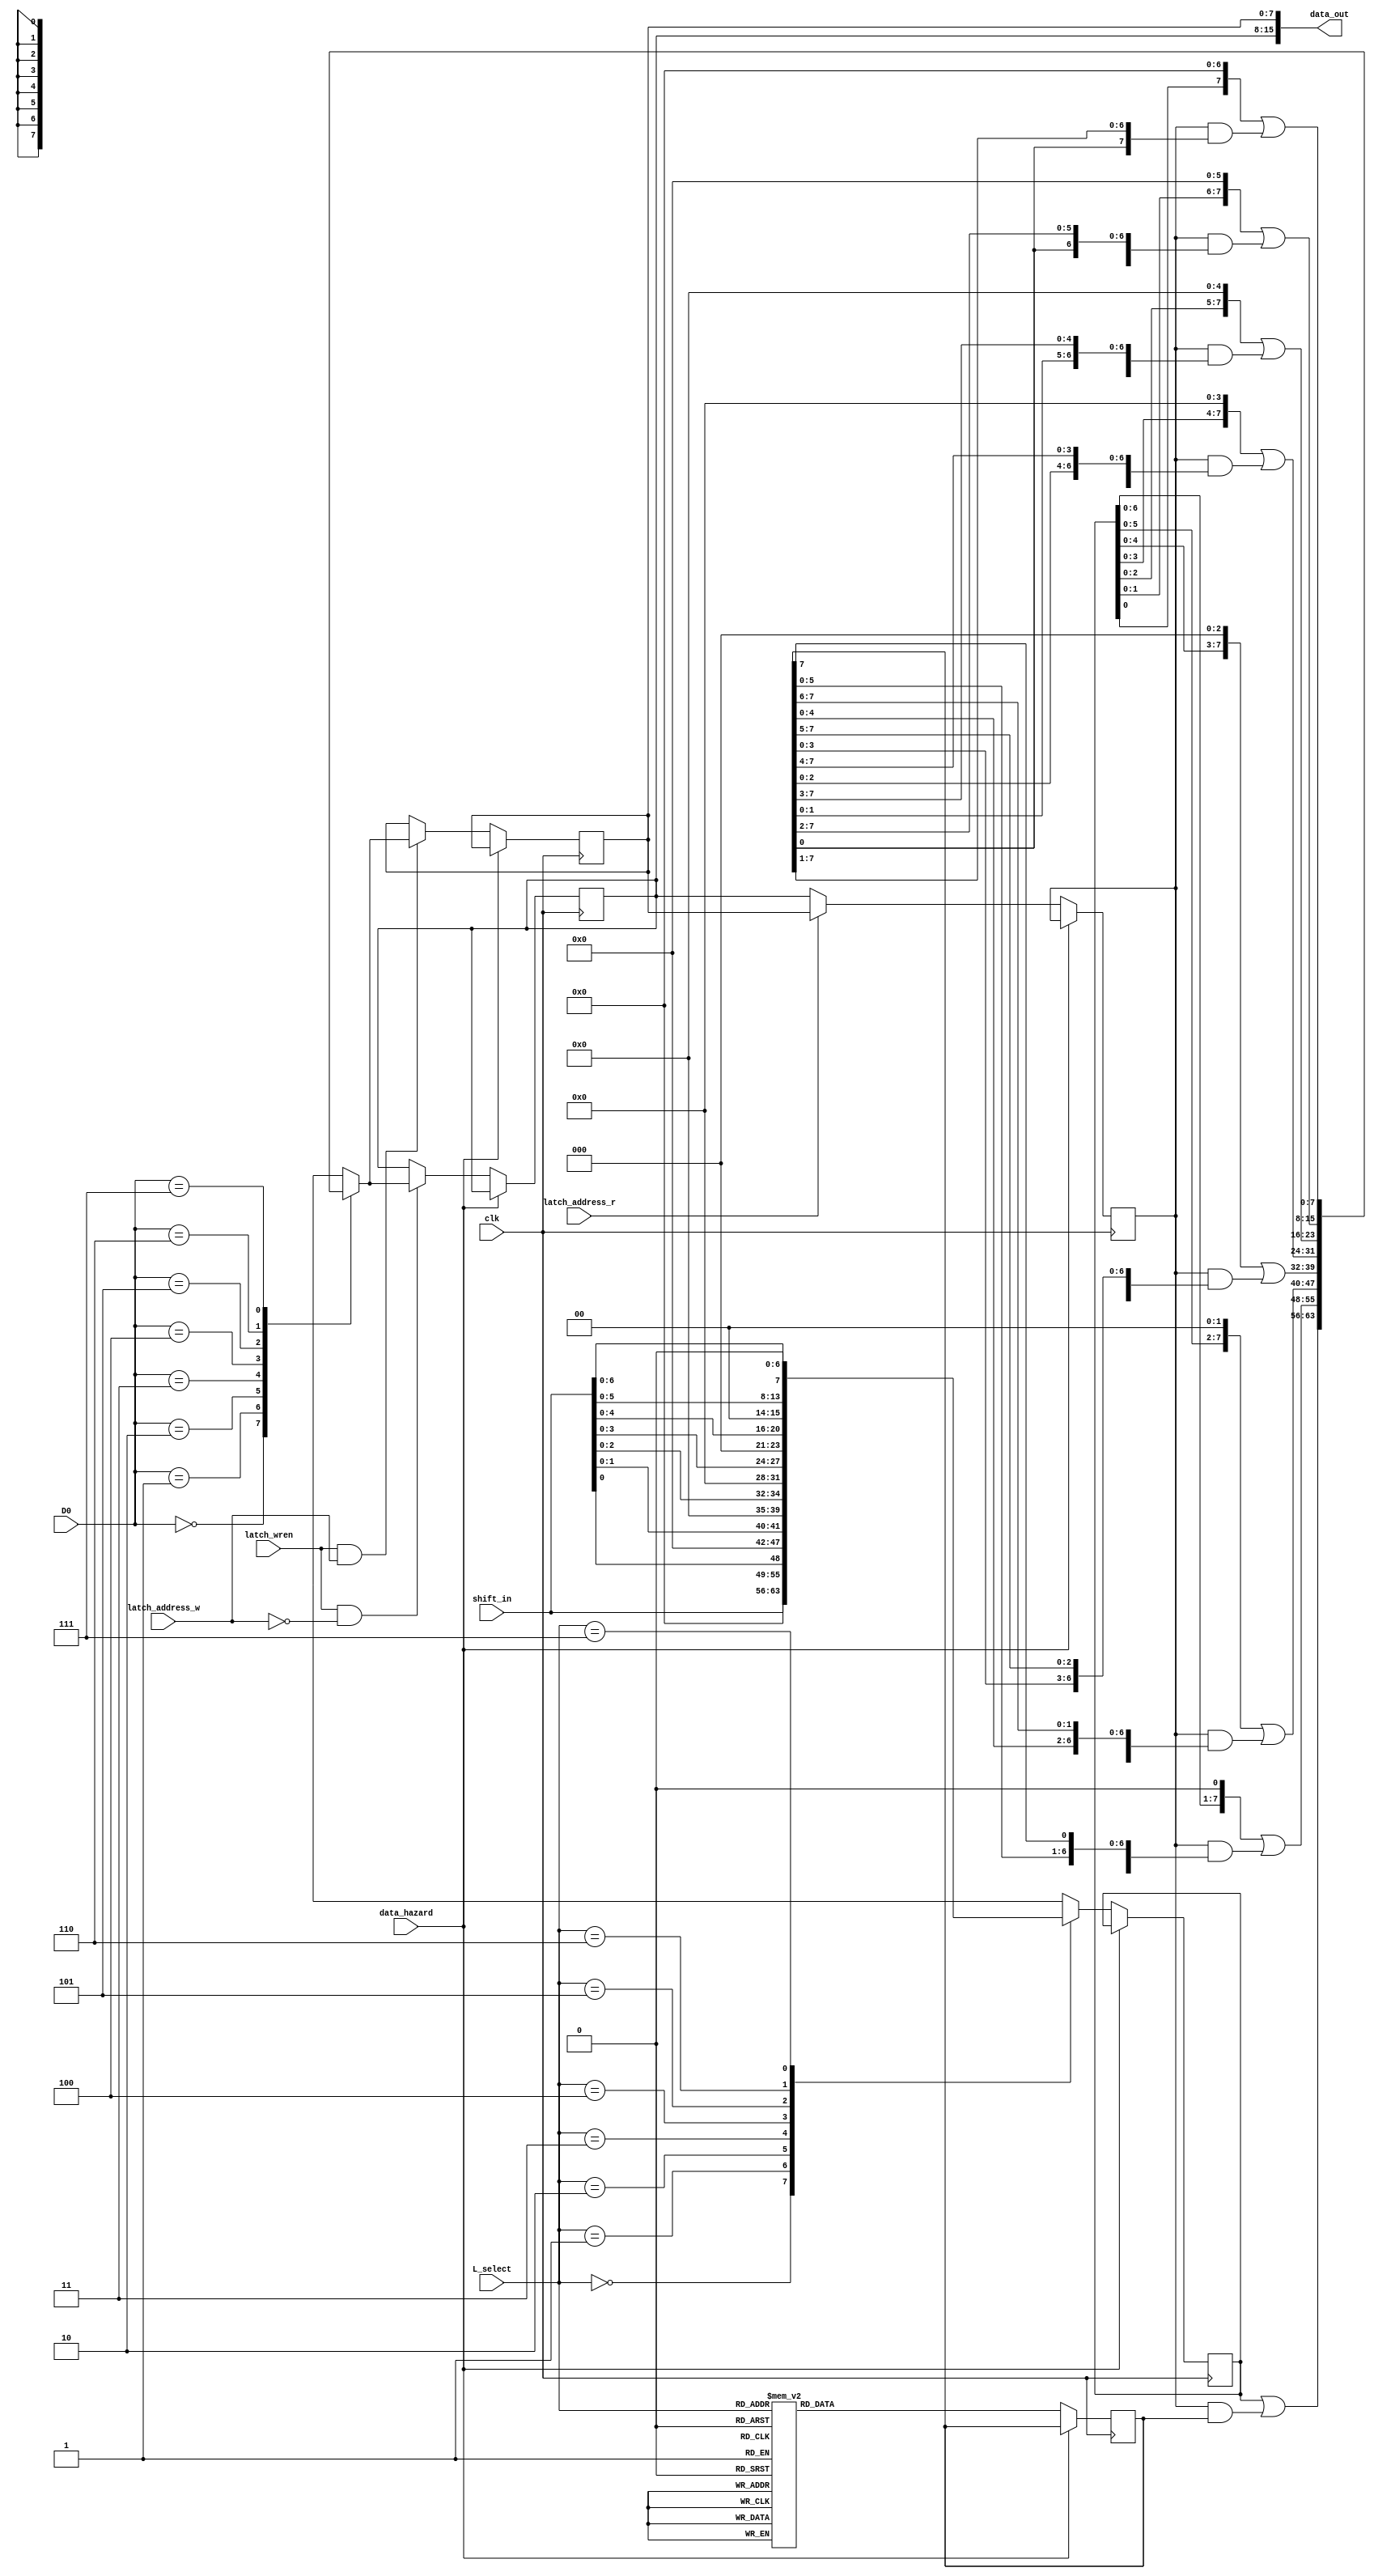
module shift_merge(
			input wire clk,
			input wire data_hazard,
			input wire[7:0] shift_in,
			input wire[2:0] D0,
			input wire[2:0] L_select,
			input wire latch_wren,
			input wire latch_address_w,
			input wire latch_address_r,
			output wire[15:0] data_out);
reg[7:0] merge_in;
reg[7:0] shift_reg;
reg[7:0] merge_result;
reg[7:0] merge_mask;
reg[7:0] LBD_reg;
reg[7:0] RBD_reg;

always @(posedge clk)
begin
	if(~data_hazard)
	begin
		case(L_select)
		3'b000: shift_reg <= shift_in;
		3'b001: shift_reg <= {7'h0, shift_in[0]};
		3'b010: shift_reg <= {6'h0, shift_in[1:0]};
		3'b011: shift_reg <= {5'h0, shift_in[2:0]};
		3'b100: shift_reg <= {4'h0, shift_in[3:0]};
		3'b101: shift_reg <= {3'h0, shift_in[4:0]};
		3'b110: shift_reg <= {2'b0, shift_in[5:0]};
		3'b111: shift_reg <= {1'b0, shift_in[6:0]};
		endcase
		case(L_select)
		3'b000: merge_mask <= 8'h0;
		3'b001: merge_mask <= {7'b1111111, 1'b0};
		3'b010: merge_mask <= {6'b111111, 2'b00};
		3'b011: merge_mask <= {5'b11111, 3'b000};
		3'b100: merge_mask <= {4'b1111, 4'b0000};
		3'b101: merge_mask <= {3'b111, 5'b00000};
		3'b110: merge_mask <= {2'b11, 6'b000000};
		3'b111: merge_mask <= {1'b1, 7'b0000000};
		endcase
	end
end

always @(*)
begin
//	case(D0)
//	3'b000: merge_result = {shift_reg[0], 7'h00} | (merge_in & {merge_mask[0], merge_mask[7:1]});
//	3'b001: merge_result = {shift_reg[1:0], 6'h00} | (merge_in & {merge_mask[1:0], merge_mask[7:2]});
//	3'b010: merge_result = {shift_reg[2:0], 5'h00} | (merge_in & {merge_mask[2:0], merge_mask[7:3]});
//	3'b011: merge_result = {shift_reg[3:0], 4'h0} | (merge_in & {merge_mask[3:0], merge_mask[7:4]});
//	3'b100: merge_result = {shift_reg[4:0], 3'h0} | (merge_in & {merge_mask[4:0], merge_mask[7:5]});
//	3'b101: merge_result = {shift_reg[5:0], 2'b00} | (merge_in & {merge_mask[5:0], merge_mask[7:6]});
//	3'b110: merge_result = {shift_reg[6:0], 1'b0} | (merge_in & {merge_mask[6:0], merge_mask[7]});
//	3'b111: merge_result = shift_reg | (merge_in & merge_mask);
//	endcase
	
	case(D0)
	3'b000: merge_result = shift_reg | (merge_in & merge_mask);
	3'b001: merge_result = {shift_reg[6:0], 1'b0} | (merge_in & {merge_mask[6:0], merge_mask[7]});
	3'b010: merge_result = {shift_reg[5:0], 2'b00} | (merge_in & {merge_mask[5:0], merge_mask[7:6]});
	3'b011: merge_result = {shift_reg[4:0], 3'h0} | (merge_in & {merge_mask[4:0], merge_mask[7:5]});
	3'b100: merge_result = {shift_reg[3:0], 4'h0} | (merge_in & {merge_mask[3:0], merge_mask[7:4]});
	3'b101: merge_result = {shift_reg[2:0], 5'h00} | (merge_in & {merge_mask[2:0], merge_mask[7:3]});
	3'b110: merge_result = {shift_reg[1:0], 6'h00} | (merge_in & {merge_mask[1:0], merge_mask[7:2]});
	3'b111: merge_result = {shift_reg[0], 7'h00} | (merge_in & {merge_mask[0], merge_mask[7:1]});
	endcase
end
	
always @(posedge clk)
begin
	if(~data_hazard)
	begin
		if(latch_wren & latch_address_w)
			RBD_reg <= merge_result;
		if(latch_wren & ~latch_address_w)
			LBD_reg <= merge_result;

		if(latch_address_r)
			merge_in <= RBD_reg;
		else
			merge_in <= LBD_reg;
	end
end

assign data_out = {LBD_reg, RBD_reg};
endmodule